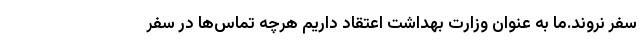
سفر نروند.ما به عنوان وزارت بهداشت اعتقاد داریم هرچه تماس‌ها در سفر